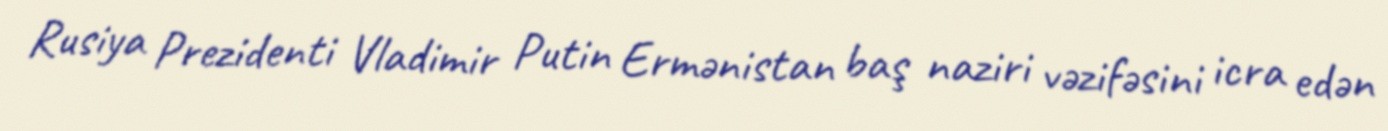
Rusiya Prezidenti Vladimir Putin Ermənistan baş naziri vəzifəsini icra edən